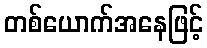
တစ်ယောက်အနေဖြင့်